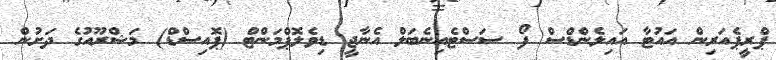
ޕްރީޕެއަރިން އައުޓާ އައިލެންޑްސް ފޯ ސަސްޓެއިނެބަލް އެނާޖީ ޑިވެލޮޕްމަންޓް (ޕޮއިސްޑް) މަޝްރޫއުގެ ދަށުން